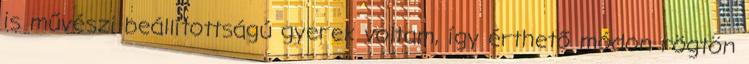
is művészi beállítottságú gyerek voltam, így érthető módon rögtön